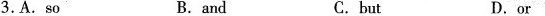
3.A.So B.and C.but D.or